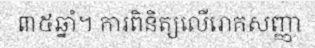
៣៥ឆ្នាំ។ ការពិនិត្យលើរោគសញ្ញា